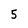
Character: 5